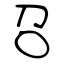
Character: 召